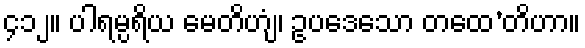
၄၁၂။ ပါရမ္ပရိယ မေတိဟျံ၊ ဥပဒေသော တထေ’တိဟာ။